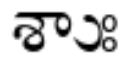
శాుః